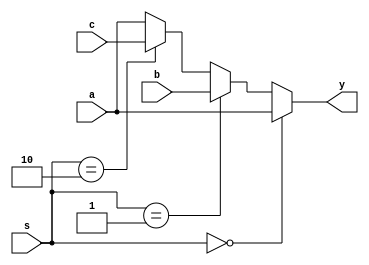
`timescale 1ns / 1ps
//////////////////////////////////////////////////////////////////////////////////
// Company: 
// Engineer: 
// 
// Design Name: 
// Module Name: mux3to1
// Project Name: 
// Target Devices: 
// Tool Versions: 
// Description: 
// 
// Dependencies: 
// 
// Revision:
// Revision 0.01 - File Created
// Additional Comments:
// 
//////////////////////////////////////////////////////////////////////////////////


module mux3to1 #(parameter WIDTH=32)(
    input [WIDTH-1:0] a, b, c,
    input [1:0] s,
    output [WIDTH-1:0] y
    );
    assign y = (s==2'b00) ? a :
                    (s==2'b01) ? b :
                    (s==2'b10) ? c : a;
endmodule